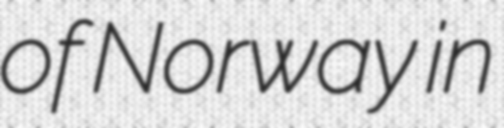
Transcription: of Norway in